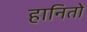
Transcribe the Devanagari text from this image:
हानितो